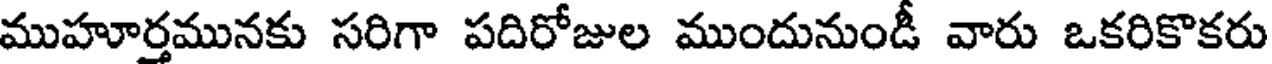
ముహూర్తమునకు సరిగా పదిరోజుల ముందునుండీ వారు ఒకరికొకరు